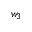
w _ { 3 }